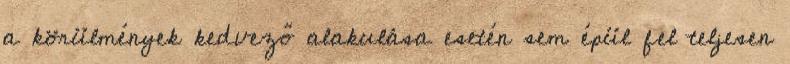
a körülmények kedvező alakulása esetén sem épül fel teljesen